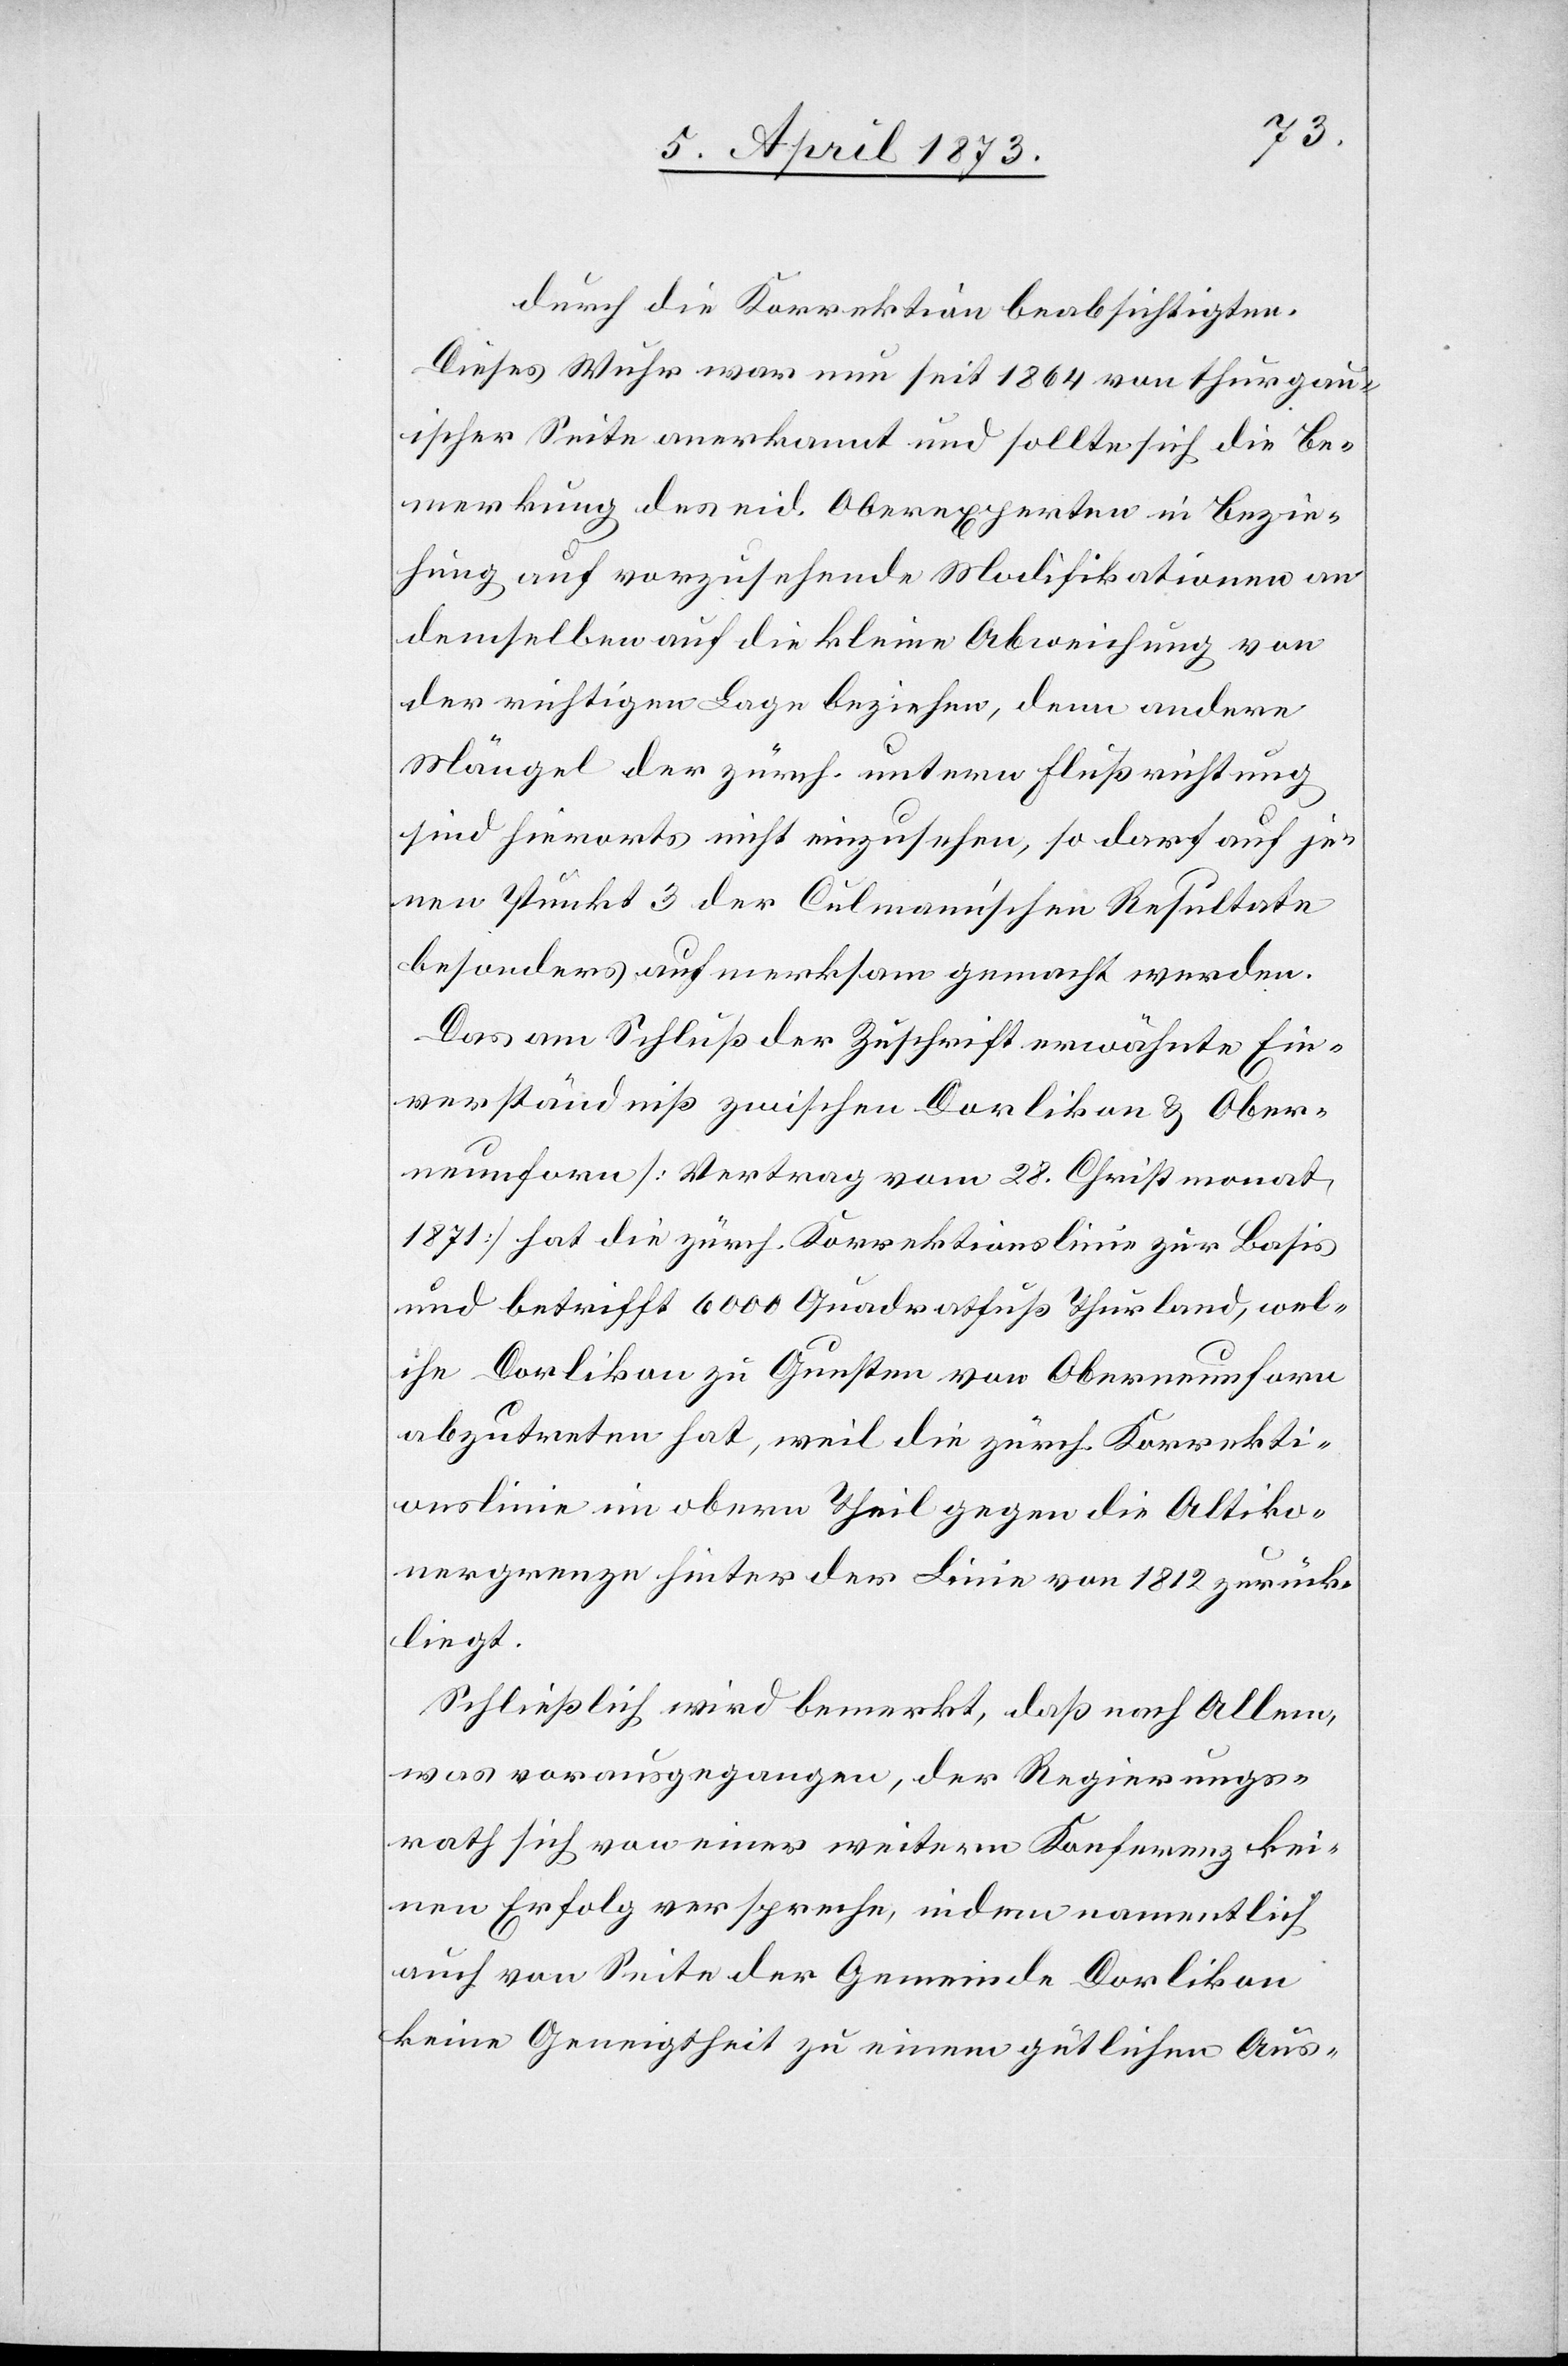
durch die Korrektion beabsichtigten.
Dieses Wuhr war nun seit 1864 von thurgau¬
ischer Seite anerkannt und sollte sich die Be¬
merkung des eid. Oberexperten in Bezie¬
hung auf vorzusehende Modifikationen an
demselben auf die kleine Abweichung von
der richtigen Lage beziehen, denn andere
Mängel der zürch. untern Flußrichtung
sind hierorts nicht einzusehen, so darf auf je¬
nen Punkt 3 der Culmann’schen Resultate
besonders aufmerksam gemacht werden.
Das am Schluß der Zuschrift erwähnte Ein¬
verständniß zwischen Dorlikon & Ober¬
neunforn [Vertrag vom 28. Christmonat
1871] hat die zürch. Korrektionslinie zur Basis
und betrifft 6000 Quadratfuß Thurland, wel¬
che Dorlikon zu Gunsten von Oberneunforn
abzutreten hat, weil die zürch. Korrekti¬
onslinie im obern Theil gegen die Altiko¬
nergrenze hinter der Linie von 1812 zurück¬
liegt.
Schließlich wird bemerkt, daß nach Allem,
was vorausgegangen, der Regierungs¬
rath sich von einer weitern Konferenz kei¬
nen Erfolg verspreche, indem namentlich
auch von Seite der Gemeinde Dorlikon
keine Geneigtheit zu einem gütlichen Aus-